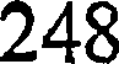
248